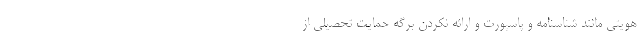
هویتی مانند شناسنامه و پاسپورت و ارائه نکردن برگه حمایت تحصیلی از